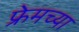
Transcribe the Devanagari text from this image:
फ्रेमच्या